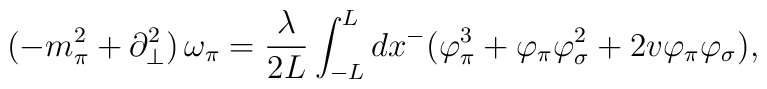
(-m_{\pi}^2+\partial_{\bot}^2)\, \omega_{\pi}=\frac{\lambda}{2L}\int_{-L}^{L}dx^-(\varphi_{\pi}^3+\varphi_{\pi}\varphi_{\sigma}^2+2v\varphi_{\pi}\varphi_{\sigma}),